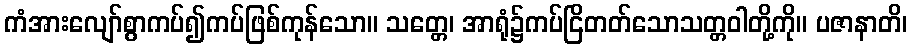
ကံအားလျော်စွာကပ်၍ကပ်ဖြစ်ကုန်သော။ သတ္တေ၊ အာရုံ၌ကပ်ငြိတတ်သောသတ္တဝါတို့ကို။ ပဇာနာတိ၊